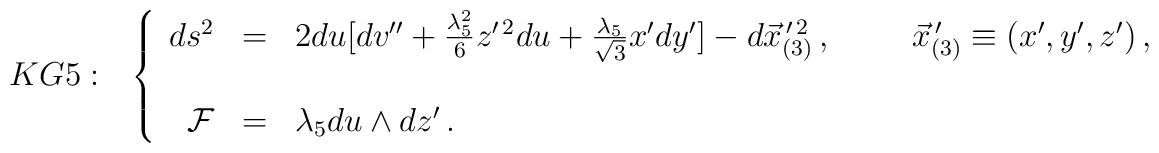
KG5: \,\,\,\,\left\{  \begin{array}{rcl}ds^{2} & = & 2du[dv^{\prime\prime} +\frac{\lambda_{5}^{2}}{6}z^{\prime\, 2}du+\frac{\lambda_{5}}{\sqrt{3}}x^{\prime}dy^{\prime}]-d\vec{x}_{(3)}^{\, \prime\,2}\, ,\hspace{1cm}\vec{x}_{(3)}^{\, \prime}\equiv (x^{\prime},y^{\prime},z^{\prime})\, ,\\& & \\\mathcal{F} & = & \lambda_{5}du\land dz^{\prime}\, .  \end{array}\right.